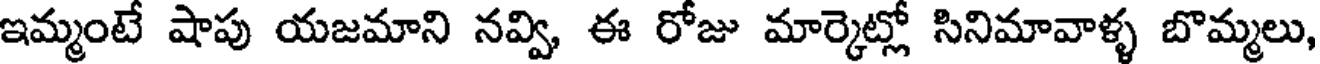
ఇమ్మంటే షాపు యజమాని నవ్వి, ఈ రోజు మార్కెట్లో సినిమావాళ్ళ బొమ్మలు,